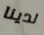
لدينا